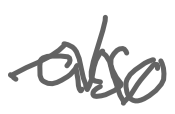
Text: also
Cross-out: zig-zag
Writing tool: digital_gray